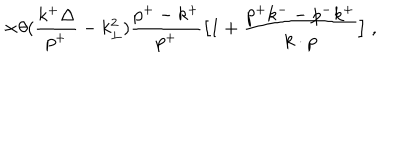
\times \theta ( { \frac { k ^ { + } \Delta } { p ^ { + } } } - k _ { \perp } ^ { 2 } ) { \frac { p ^ { + } - k ^ { + } } { p ^ { + } } } \bigl [ 1 + { \frac { p ^ { + } k ^ { -- } p ^ { - } k ^ { + } } { k \cdot p } } \bigr ] \; ,